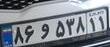
۸۶و۵۳۸۱۱